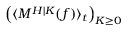
\left( \langle M ^ { H | K } ( f ) \rangle _ { t } \right) _ { K \geq 0 }